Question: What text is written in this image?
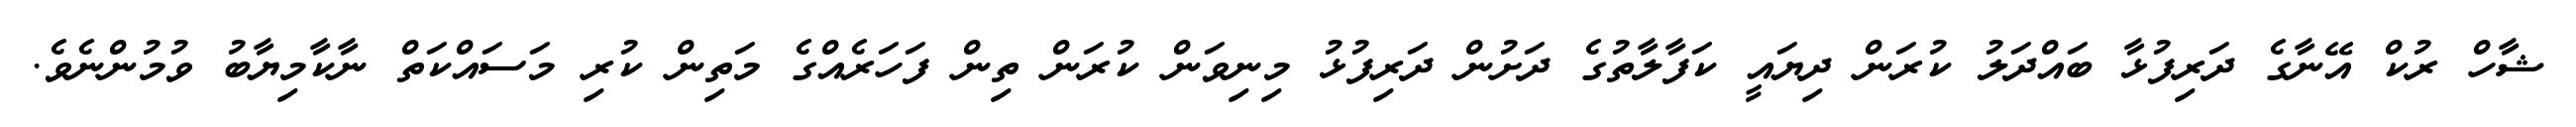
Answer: ޝާހް ރުކް އޭނާގެ ދަރިފުޅާ ބައްދަލު ކުރަން ދިޔައީ ކަފާލާތުގެ ދަށުން ދަރިފުޅު މިނިވަން ކުރަން ތިން ފަހަރެއްގެ މަތިން ކުރި މަސައްކަތް ނާކާމިޔާބު ވުމުންނެވެ.